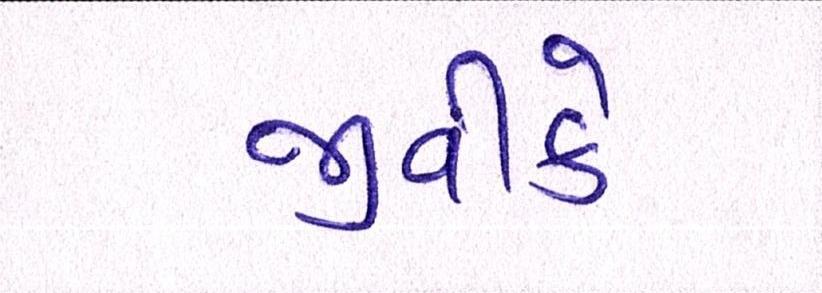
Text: જીવીકે